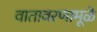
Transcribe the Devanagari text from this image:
वातावरणामूळे